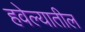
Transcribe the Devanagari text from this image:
हवेल्यातील